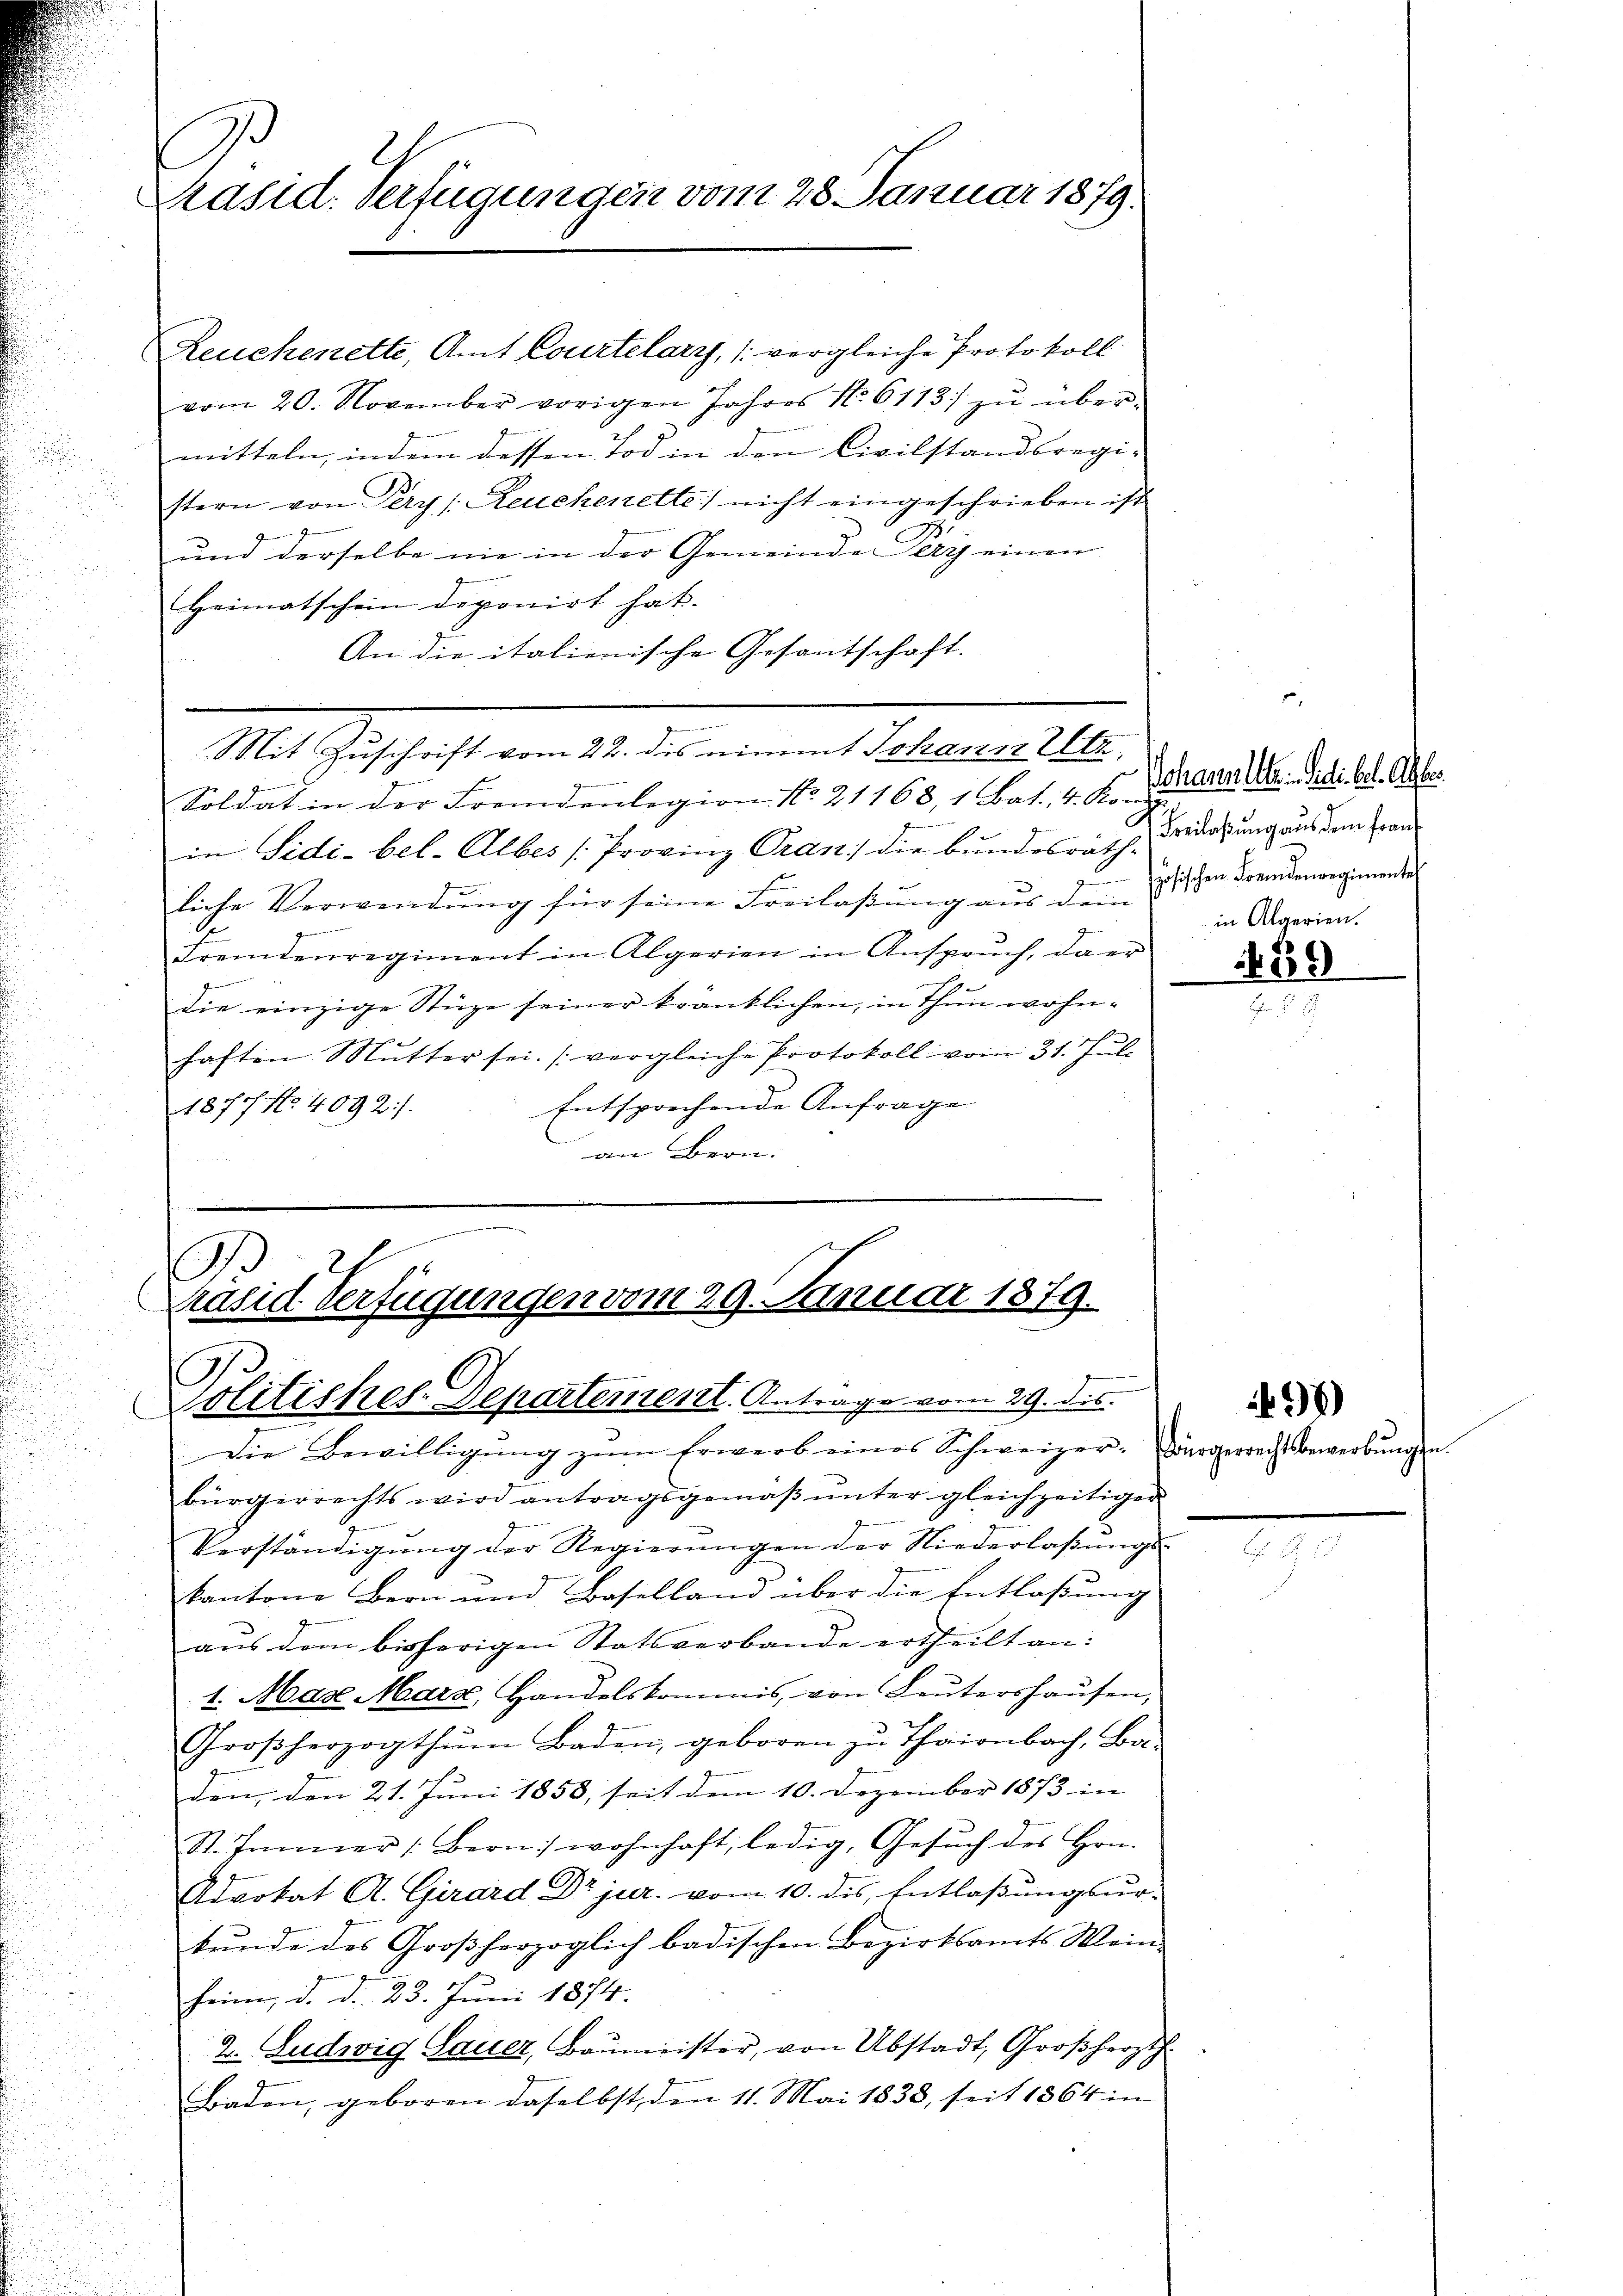
Präsid. Verfügungen vom 28. Januar 1879.

vom 20. November vorigen Jahres No 6113/ zu übermitteln, indem dessen Tod in den Civilstandsregi-
stern von Pery /: Reuchenette nicht eingeschrieben ist
.
und derselbe nie in der Gemeinde Sery einen
Heimatschein deponirt hat.
An die italienische Gesantschaft.
Mit Zuschrift vom 22. des nimmt Johann Elte

Soldat in der Fremdenlegion No. 21168, 1 Bat. 4. Kom
in Sidi-bel-Alber (Provinz Oran: die bundesrath-
liche Verwendŭng für seine Freilaβŭng aŭs dem Tischen Fremdenregimente
.
Fremdenregiment in Algerien in Anspruch, da er
n
die einzige Stüze seiner kränklichen, in Thun wohnhaften Mutter sei. (vergleiche Protokoll vom 31. Juli
Entsprechende Anfrage
1877 No. 4092).
an Bern.
 S. 1882

Reuchenette, Amt Courtelary, (vergleiche Protokoll

.
.
Präsid Verfügungen vom 29. Januar 1879.
Politiches-Departement. Antrage vom 29. ds.
Die Bewilligŭng zŭm Erwerb eines Schweizer, Bürgerrechtsbewerbŭngen.

bürgerrechts wird antragsgemäβ ŭnter gleichzeitiger
Verständigŭng der Regierŭngen der Niederlaßungs-
kantone Bern und Baselland über die Entlaßung
aus dem bisherigen Statsverbande ertheilt an:
1. Max Marz, Handelskommis, von Leŭtershaŭsen,
Großherzogthum Baden, geboren zu Thairnbach, Ba-
den, den 21. Juni 1853, seit dem 10. Dezember 1873 in
St. Immer (Bern: wohnhaft, ledig, Gesŭch des Hrn.
Advokat A. Girard Dr jur. vom 10. des Entlaßungsur-
kunde des Großherzoglich badischen Bezirksamts Wein-
heim, d. d. 23. Juni 1874.
2. Ludwig Sauer, Baumeister, von Abstadt, Großherzth.
Baden, geboren daselbst, den 11. Mai 1838, seit 1864 in

Johann lt. Mai. el. A
Freilaßung aus dem Franz
in Algerien.

1439

496)